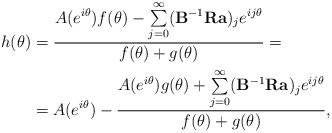
LaTeX: \begin{align*} h(\theta)&=\frac{A(e^{i\theta})f(\theta)-\sum\limits_{j=0}^{\infty}(\bold{B}^{-1}\bold{R}\bold{a})_je^{ij\theta}}{f(\theta)+g(\theta)}=\\&=A(e^{i\theta})-\frac{A(e^{i\theta})g(\theta)+\sum\limits_{j=0}^{\infty}(\bold{B}^{-1}\bold{R}\bold{a})_je^{ij\theta}}{f(\theta)+g(\theta)}, \end{align*}